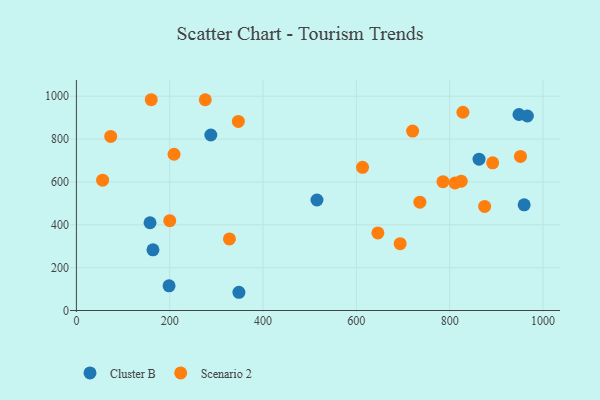
{"axis": {"x": "Experience", "y": "Exam Score"}, "legend": ["Cluster B", "Scenario 2"], "data": [{"x": "959.7", "y": 493.3, "type": "Cluster B"}, {"x": "515.6", "y": 515.7, "type": "Cluster B"}, {"x": "198.6", "y": 115.1, "type": "Cluster B"}, {"x": "863.0", "y": 706.3, "type": "Cluster B"}, {"x": "966.6", "y": 907.8, "type": "Cluster B"}, {"x": "948.6", "y": 914.8, "type": "Cluster B"}, {"x": "164.1", "y": 283.4, "type": "Cluster B"}, {"x": "348.3", "y": 85.1, "type": "Cluster B"}, {"x": "288.1", "y": 819.1, "type": "Cluster B"}, {"x": "157.8", "y": 409.5, "type": "Cluster B"}, {"x": "200.0", "y": 419.5, "type": "Scenario 2"}, {"x": "613.3", "y": 668.5, "type": "Scenario 2"}, {"x": "693.9", "y": 311.9, "type": "Scenario 2"}, {"x": "209.3", "y": 729.2, "type": "Scenario 2"}, {"x": "646.2", "y": 362.3, "type": "Scenario 2"}, {"x": "811.5", "y": 595.1, "type": "Scenario 2"}, {"x": "824.8", "y": 603.8, "type": "Scenario 2"}, {"x": "276.2", "y": 983.6, "type": "Scenario 2"}, {"x": "785.7", "y": 601.1, "type": "Scenario 2"}, {"x": "347.1", "y": 882.3, "type": "Scenario 2"}, {"x": "720.6", "y": 837.4, "type": "Scenario 2"}, {"x": "875.0", "y": 485.7, "type": "Scenario 2"}, {"x": "828.5", "y": 925.3, "type": "Scenario 2"}, {"x": "328.0", "y": 334.2, "type": "Scenario 2"}, {"x": "73.5", "y": 812.6, "type": "Scenario 2"}, {"x": "951.8", "y": 719.3, "type": "Scenario 2"}, {"x": "892.2", "y": 689.4, "type": "Scenario 2"}, {"x": "56.2", "y": 608.1, "type": "Scenario 2"}, {"x": "736.2", "y": 505.6, "type": "Scenario 2"}, {"x": "160.4", "y": 983.8, "type": "Scenario 2"}]}